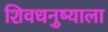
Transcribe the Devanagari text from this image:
शिवधनुष्याला